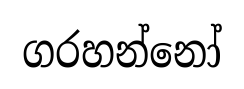
ගරහන්නෝ